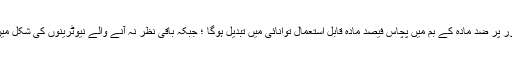
(زیادہ درست طور پر ضد مادّہ کے بم میں پچاس فیصد مادّہ قابل استعمال توانائی میں تبدیل ہوگا ؛ جبکہ باقی نظر نہ آنے والے نیوٹرینوں کی شکل میں بدل جائے گی۔